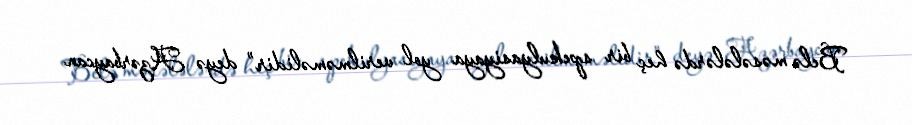
Belə məsələlərdə heç bir spekulyasiyaya yol verilməməlidir” deyə Azərbaycan